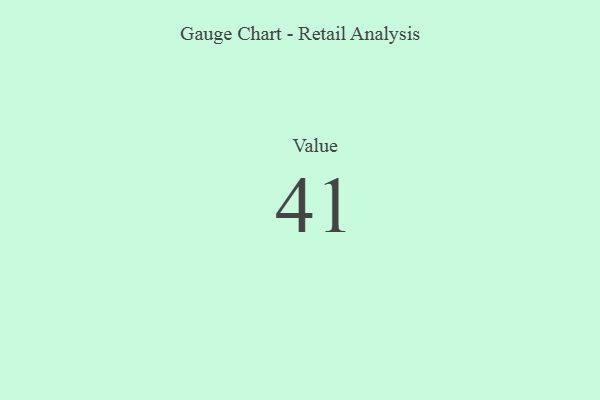
{"axis": {"x": "Metric", "y": "Value"}, "legend": [""], "data": [{"x": "Value", "y": 41, "type": ""}]}